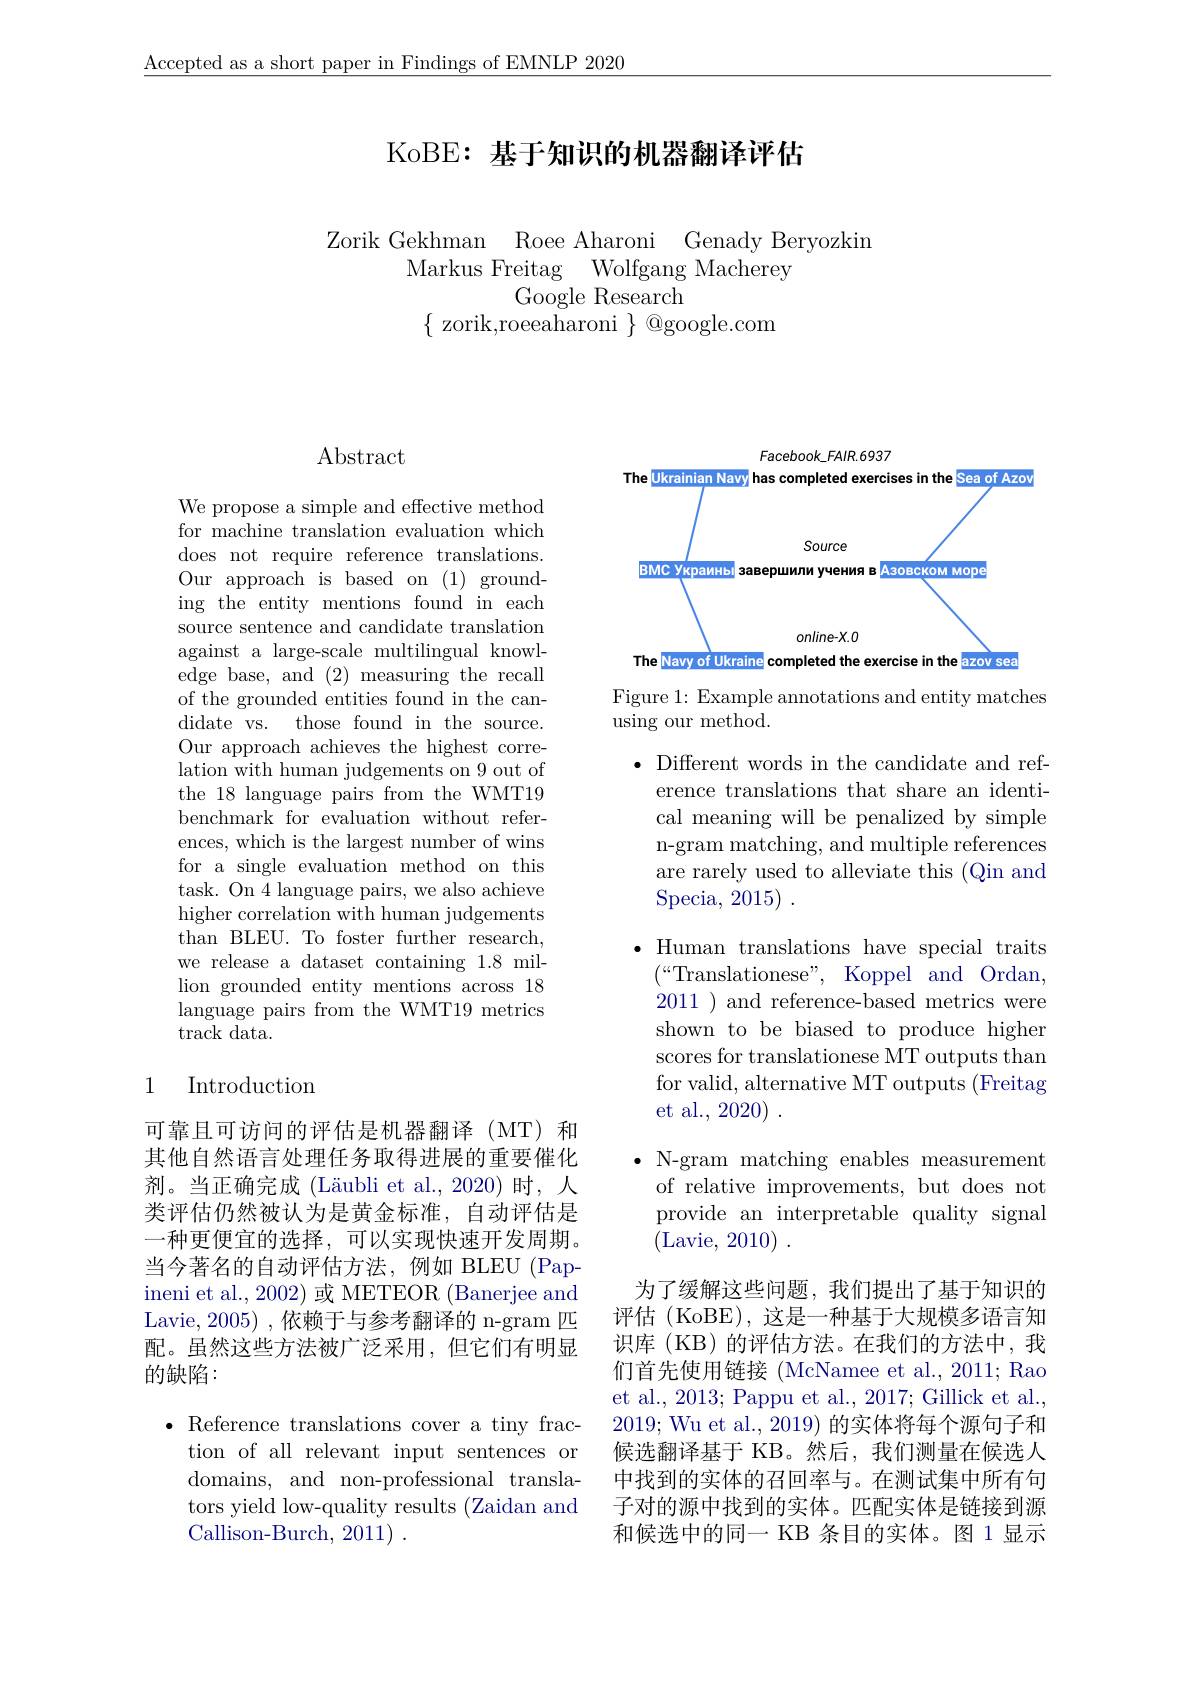
$\underline{\text{Accepted as a short paper in Findings of EMNLP 2020}}$

# KoBE: 基于知识的机器翻译评估

Zorik Gekhman Roee Aharoni Genady Beryozkin
Markus Freitag Wolfgang Macherey
Google Research
$\{$ zorik,roeeaharoni $\}$ @google.com

## $\operatorname{Abstract}$

We propose a simple and effective method for machine translation evaluation which does not require reference translations. Our approach is based on (1) grounding the entity mentions found in each source sentence and candidate translation against a large-scale multilingual knowledge base, and (2) measuring the recall of the grounded entities found in the candidate vs. those found in the source. Our approach achieves the highest correlation with human judgements on 9 out of the 18 language pairs from the WMT19 benchmark for evaluation without references, which is the largest number of wins for a single evaluation method on this task. On 4 language pairs, we also achieve higher correlation with human judgements than BLEU. To foster further research, we release a dataset containing 1.8 million grounded entity mentions across 18 language pairs from the WMT19 metrics track data.

# 1 Introduction

可靠且可访问的评估是机器翻译(MT)和其他自然语言处理任务取得进展的重要催化剂。当正确完成 (Läubli et al.,2020)时，人类评估仍然被认为是黄金标准，自动评估是一种更便宜的选择，可以实现快速开发周期。当今著名的自动评估方法，例如 BLEU (Papineni et al., 2002) 或 METEOR (Banerjee and Lavie, 2005) ,依赖于与参考翻译的 n-gram 匹配。虽然这些方法被广泛采用，但它们有明显的缺陷：

$\bullet$ Reference translations cover a tiny fraction of all relevant input sentences or domains, and non-professional translators yield low-quality results (Zaidan and Callison-Burch, 2011) .

$Facebook\_FAIR.6937$
<FigureHere>

Figure 1: Example annotations and entity matches
using our method.

$\bullet$ Different words in the candidate and ref-
erence translations that share an identical meaning will be penalized by simple n-gram matching, and multiple references are rarely used to alleviate this (Qin and $\operatorname { Specia, } 2015)$ .

$\bullet$ Human translations have special traits
$(“$Translationese”, Koppel and Ordan, 2011 ) and reference-based metrics were shown to be biased to produce higher scores for translationese MT outputs than for valid, alternative MT outputs (Freitag et al., 2020) .

$\bullet$ N-gram matching enables measurement
of relative improvements, but does not provide an interpretable quality signal (Lavie, 2010)

为了缓解这些问题，我们提出了基于知识的评估 (KoBE),这是一种基于大规模多语言知识库(KB)的评估方法。在我们的方法中，我们首先使用链接 (McNamee et al., 2011; Rao et al., 2013; Pappu et al., 2017; Gillick et al. 2019; Wu et al., 2019) 的实体将每个源句子和候选翻译基于 KB。然后，我们测量在候选人中找到的实体的召回率与。在测试集中所有句子对的源中找到的实体。匹配实体是链接到源和候选中的同一 KB 条目的实体。图 1 显示